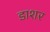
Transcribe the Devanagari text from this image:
डाशर